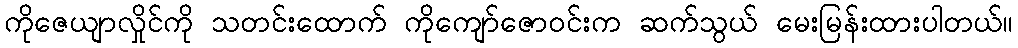
ကိုဇေယျာလှိုင်ကို သတင်းထောက် ကိုကျော်ဇောဝင်းက ဆက်သွယ် မေးမြန်းထားပါတယ်။